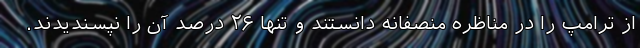
از ترامپ را در مناظره منصفانه دانستند و تنها ۲۶ درصد آن را نپسندیدند.